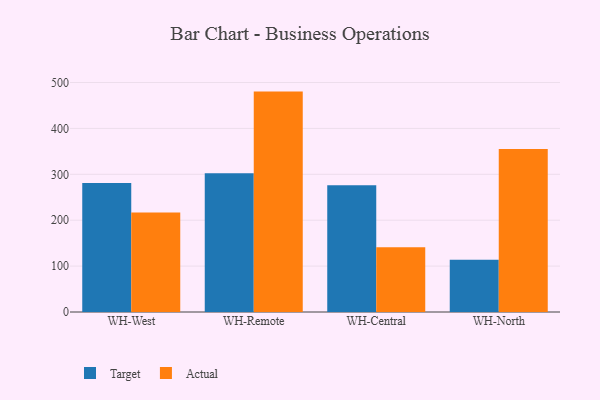
{"axis": {"x": "Warehouse", "y": "Production Output"}, "legend": ["Actual", "Target"], "data": [{"x": "WH-West", "y": 281.2, "type": "Target"}, {"x": "WH-West", "y": 216.8, "type": "Actual"}, {"x": "WH-Remote", "y": 302.4, "type": "Target"}, {"x": "WH-Remote", "y": 480.2, "type": "Actual"}, {"x": "WH-Central", "y": 275.9, "type": "Target"}, {"x": "WH-Central", "y": 141.3, "type": "Actual"}, {"x": "WH-North", "y": 113.7, "type": "Target"}, {"x": "WH-North", "y": 355.2, "type": "Actual"}]}